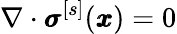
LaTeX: {\nabla\cdot{\pmb\sigma}^{[s]}({\pmb x})=0}